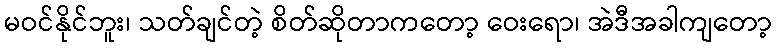
မဝင်နိုင်ဘူး၊ သတ်ချင်တဲ့ စိတ်ဆိုတာကတော့ ဝေးရော၊ အဲဒီအခါကျတော့